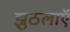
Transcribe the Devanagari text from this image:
झुठलाएॅ